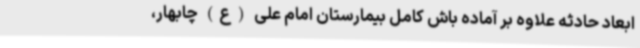
ابعاد حادثه علاوه بر آماده باش کامل بیمارستان امام علی (ع) چابهار،